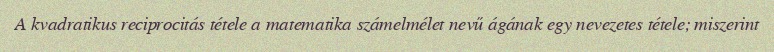
A kvadratikus reciprocitás tétele a matematika számelmélet nevű ágának egy nevezetes tétele; miszerint